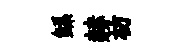
鲧赫枋